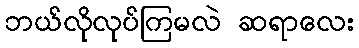
ဘယ်လိုလုပ်ကြမလဲ ဆရာလေး